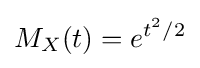
M_{X}(t)=e^{t^{2}/2}